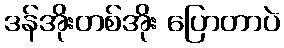
ဒန်အိုးတစ်အိုး ပြောတာပဲ